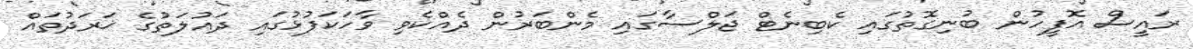
ރައީސް އޮފީހުން ބުނިގޮތުގައި ކެބިނެޓް ޖަލްސާގައި މެންބަރުން ދެއްކެވި ވާހަކަފުޅުގައި ދައުލަތުގެ ޚަރަދުތައް